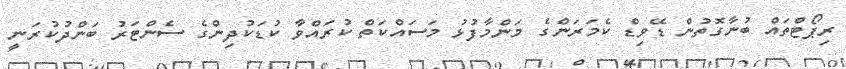
ރިޕޯޓްތައް ބުނާގޮތުން ޑޭވިޑް ކެމަރަންގެ މަންމާފުޅު މަސައްކަތް ކުރައްވާ ކުޑަކުދިންގެ ސެންޓަރު ބަންދުކުރަނީ